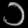
Digit: ၁